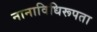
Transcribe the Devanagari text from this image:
नानाविधिरूपता